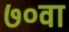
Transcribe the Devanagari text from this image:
७०वा